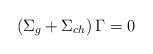
\begin{align*}\left( \Sigma _g+\Sigma _{ch}\right) \Gamma =0\end{align*}